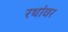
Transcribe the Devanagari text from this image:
रथांवर